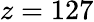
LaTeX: z=127